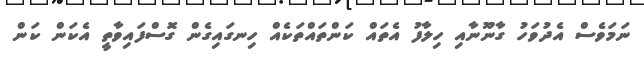
ނަމަވެސް އެދުވަހު ގާނޫނާއި ހިލާފު އެތައް ކަންތައްތަކެއް ހިނގައިގެން ގޮސްފައިވާތީ އެކަން ކަން